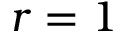
r = 1